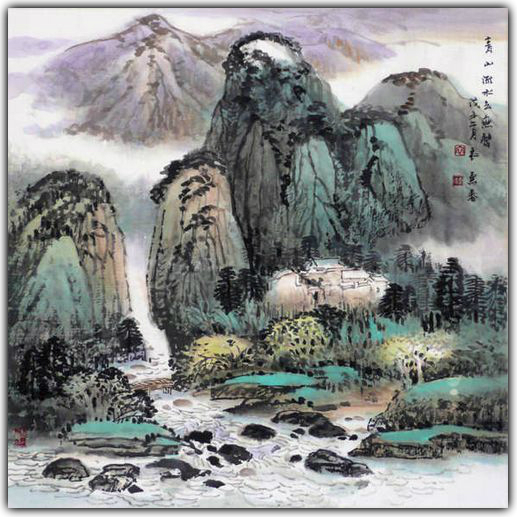
黄叶覆溪桥，荒村唯古木。